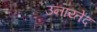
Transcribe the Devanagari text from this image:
उनाय्तेद